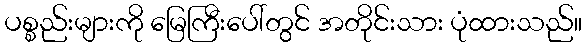
ပစ္စည်းများကို မြေကြီးပေါ်တွင် အတိုင်းသား ပုံထားသည်။